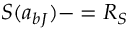
S ( a _ { b J } ) - = R _ { S }